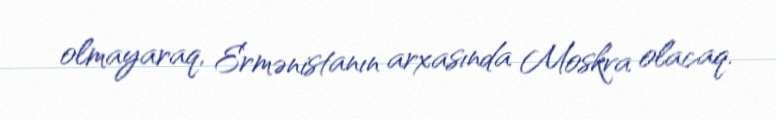
olmayaraq, Ermənistanın arxasında Moskva olacaq.